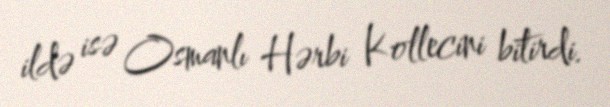
ildə isə Osmanlı Hərbi Kollecini bitirdi.